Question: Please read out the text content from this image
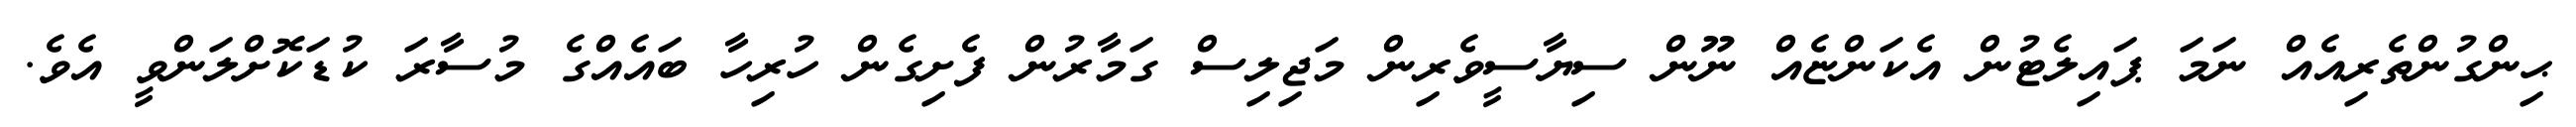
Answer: ޙިންގުންތެރިއެއް ނަމަ ޕައިލެޓުން އެކަންޏެއް ނޫން ސިޔާސީވެރިން މަޖިލިސް ގަމާރުން ފެށިގެން ހުރިހާ ބައެއްގެ މުސާރަ ކުޑަކޮށްލަންވީ އެވެ.